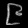
Digit: ၉